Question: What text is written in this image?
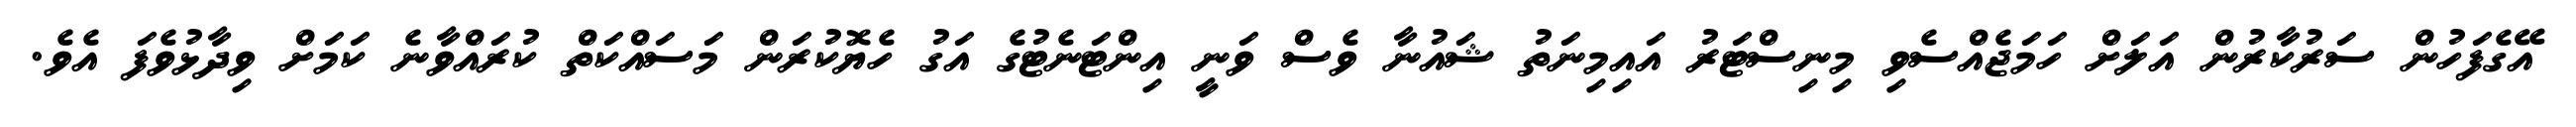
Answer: އޭގެފަހުން ސަރުކާރުން އަލަށް ހަމަޖެއްސެވި މިނިސްޓަރު އައިމިނަތު ޝައުނާ ވެސް ވަނީ އިންޓަނެޓުގެ އަގު ހެޔޮކުރަން މަސައްކަތް ކުރައްވާނެ ކަމަށް ވިދާޅުވެފަ އެވެ.